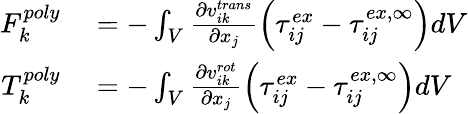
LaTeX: \begin{array}{rl}{F_{k}^{poly}}&{{}=-\int_{V}\frac{\partial v_{ik}^{trans}}{\partial x_{j}}\left(\tau_{ij}^{ex}-\tau_{ij}^{ex,\infty}\right)dV}\\ {T_{k}^{poly}}&{{}=-\int_{V}\frac{\partial v_{ik}^{rot}}{\partial x_{j}}\left(\tau_{ij}^{ex}-\tau_{ij}^{ex,\infty}\right)dV}\end{array}